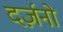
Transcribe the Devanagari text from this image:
दर्ज़नो